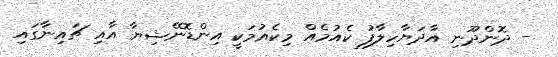
- ދޮންދޫނި އާދަޔާހިލާފު ކެއުމެއް މިކެއުމަކީ އިންޑޮނޭޝިޔާ އާއި ޗައިނާގައި